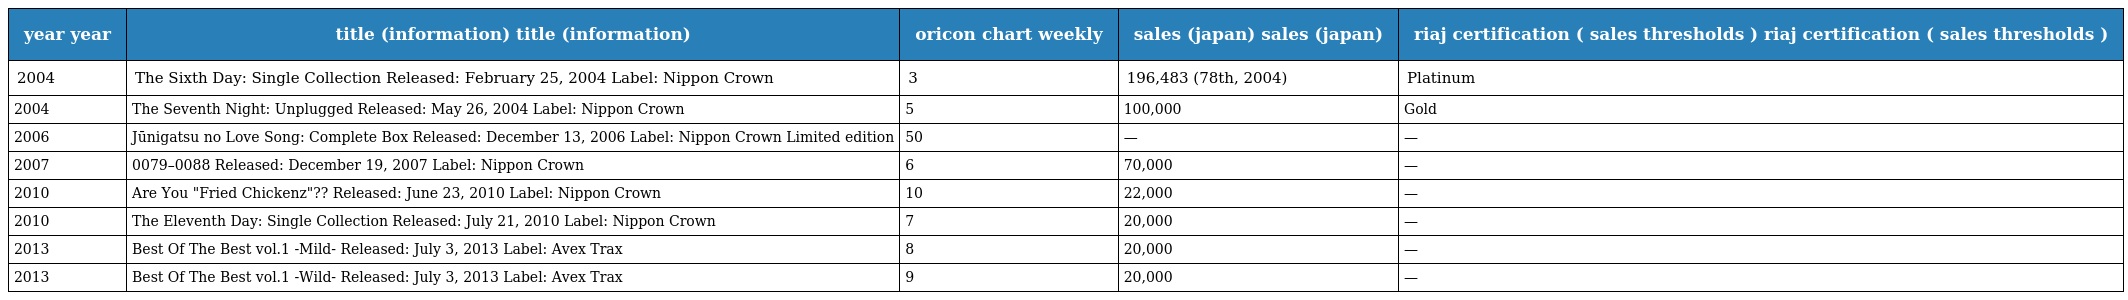
| year year | title (information) title (information) | oricon chart weekly | sales (japan) sales (japan) | riaj certification ( sales thresholds ) riaj certification ( sales thresholds ) |
 | --- | --- | --- | --- | --- |
 | 2004 | The Sixth Day: Single Collection Released: February 25, 2004 Label: Nippon Crown | 3 | 196,483 (78th, 2004) | Platinum |
 | 2004 | The Seventh Night: Unplugged Released: May 26, 2004 Label: Nippon Crown | 5 | 100,000 | Gold |
 | 2006 | Jūnigatsu no Love Song: Complete Box Released: December 13, 2006 Label: Nippon Crown Limited edition | 50 | — | — |
 | 2007 | 0079–0088 Released: December 19, 2007 Label: Nippon Crown | 6 | 70,000 | — |
 | 2010 | Are You "Fried Chickenz"?? Released: June 23, 2010 Label: Nippon Crown | 10 | 22,000 | — |
 | 2010 | The Eleventh Day: Single Collection Released: July 21, 2010 Label: Nippon Crown | 7 | 20,000 | — |
 | 2013 | Best Of The Best vol.1 -Mild- Released: July 3, 2013 Label: Avex Trax | 8 | 20,000 | — |
 | 2013 | Best Of The Best vol.1 -Wild- Released: July 3, 2013 Label: Avex Trax | 9 | 20,000 | — |